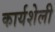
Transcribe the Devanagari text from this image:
कार्यशेली